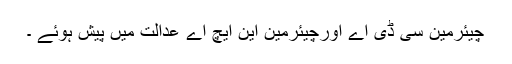
چیئرمین سی ڈی اے اورچیئرمین این ایچ اے عدالت میں پیش ہوئے ۔